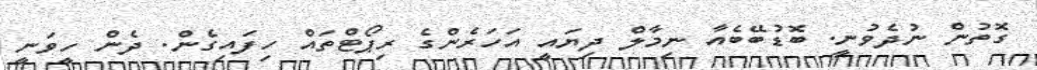
ގޮތުން ނުދެވުނީ. ބޮޑުބޭބެއާ ނިމާލް ދިޔައީ އަހަރެންގެ ރިޕޯޓްތައް ހިފައިގެން. ދެން ހީވަނީ